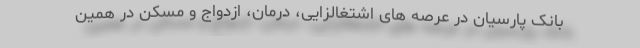
بانک پارسیان در عرصه های اشتغالزایی، درمان، ازدواج و مسکن در همین